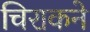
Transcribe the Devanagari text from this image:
चिराकने